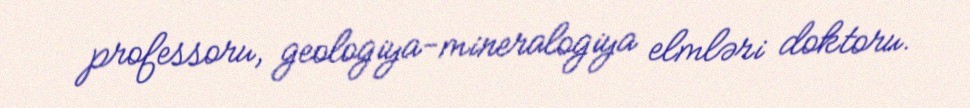
professoru, geologiya-mineralogiya elmləri doktoru.